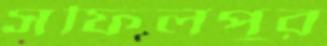
সফিলপুর